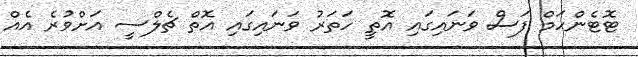
ޓޮޓެންހަމް ފަސް ވަނައިގައި އޮތީ ހަތަރު ވަނައިގައި އޮތް ޗެލްސީ އަށްވުރެ އެއް